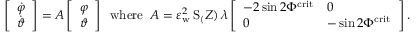
\left[ \begin{array} { l } { \dot { \varphi } } \\ { \dot { \vartheta } } \end{array} \right] = A \left[ \begin{array} { l } { { \varphi } } \\ { { \vartheta } } \end{array} \right] \; \; \mathrm { w h e r e } \; \; A = \varepsilon _ { \mathrm { w } } ^ { 2 } \, \mathrm { S } _ ( Z ) \, \lambda \left[ \begin{array} { l l } { - 2 \sin 2 \Phi ^ { \mathrm { c r i t } } } & { 0 } \\ { 0 } & { - \sin 2 \Phi ^ { \mathrm { c r i t } } } \end{array} \right] .